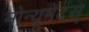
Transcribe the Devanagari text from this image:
मोन्यूमेंटस्